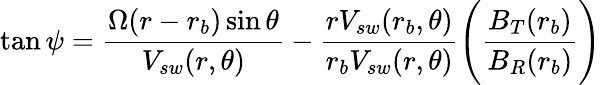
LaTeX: \tan\psi=\frac{\Omega(r-r_{b})\sin\theta}{V_{sw}(r,\theta)}-\frac{rV_{sw}(r_{b},\theta)}{r_{b}V_{sw}(r,\theta)}\Bigg(\frac{B_{T}(r_{b})}{B_{R}(r_{b})}\Bigg)